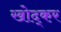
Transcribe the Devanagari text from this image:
खोद्कर